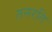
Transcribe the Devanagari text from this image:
तनरति